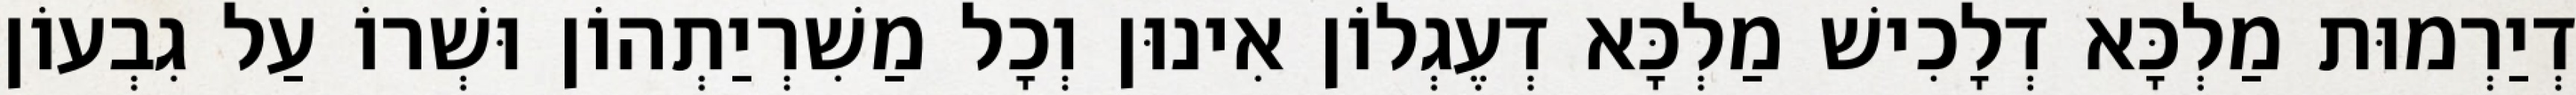
דְיַרְמוּת מַלְכָּא דְלָכִישׁ מַלְכָּא דְעֶגְלוֹן אִינוּן וְכָל מַשִׁרְיַתְהוֹן וּשְׁרוֹ עַל גִבְעוֹן